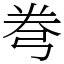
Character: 弮